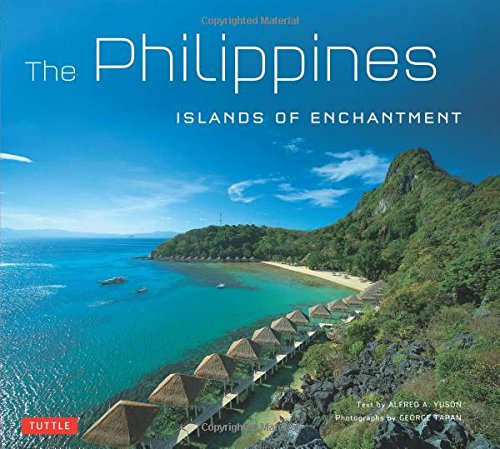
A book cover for Philippines: Islands of Enchantment; Alfred A. Yuson; History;